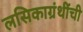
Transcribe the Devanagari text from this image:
लसिकाग्रंथींची